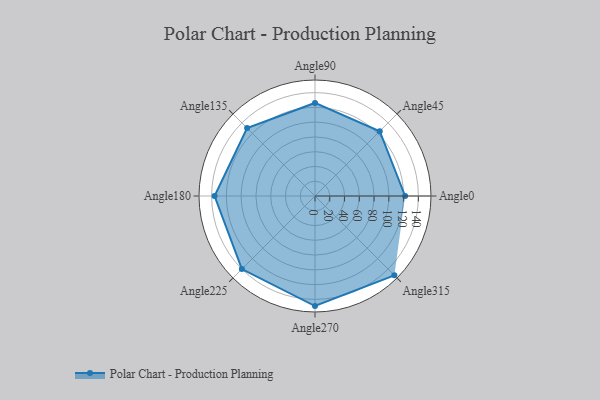
{"axis": {"x": "Angle", "y": "Radius"}, "legend": [""], "data": [{"x": "Angle0", "y": 122.0, "type": ""}, {"x": "Angle45", "y": 124.0, "type": ""}, {"x": "Angle90", "y": 126.0, "type": ""}, {"x": "Angle135", "y": 130.0, "type": ""}, {"x": "Angle180", "y": 136.0, "type": ""}, {"x": "Angle225", "y": 140.0, "type": ""}, {"x": "Angle270", "y": 149.0, "type": ""}, {"x": "Angle315", "y": 152.0, "type": ""}]}